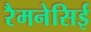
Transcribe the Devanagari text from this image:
रैमनेसिई